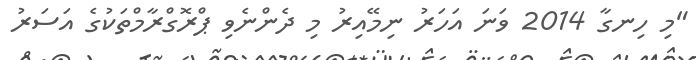
"މި ހިނގާ 2014 ވަނަ އަހަރު ނިމޭއިރު މި ދެންނެވި ޕްރޮގްރާމްތަކުގެ އަސަރު